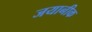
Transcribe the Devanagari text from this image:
जयानीक